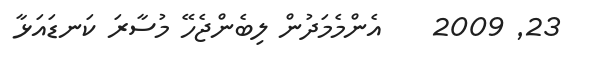
23